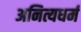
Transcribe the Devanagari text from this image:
अनित्यधर्म